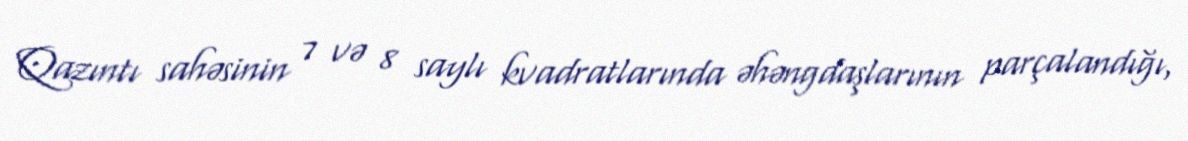
Qazıntı sahəsinin 7 və 8 saylı kvadratlarında əhəngdaşlarının parçalandığı,